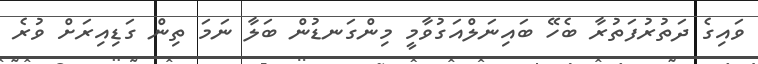
ވައިގެ ދަތުރުފަތުރާ ބެހޭ ބައިނަލްއަގުވާމީ މިންގަނޑުން ބަލާ ނަމަ ތިން ގަޑިއިރަށް ވުރެ